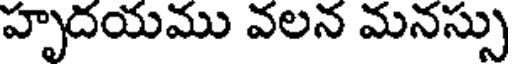
హృదయము వలన మనస్సు